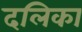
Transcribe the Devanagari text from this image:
दलिका